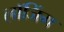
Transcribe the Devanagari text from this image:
लॉजिंग